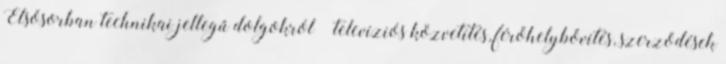
Elsősorban technikai jellegű dolgokról – televíziós közvetítés, férőhelybővítés, szerződések